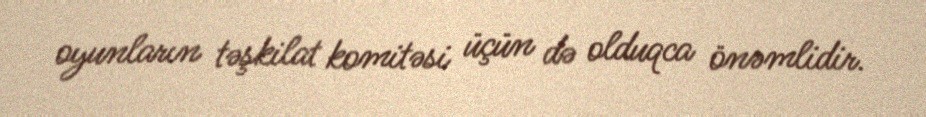
oyunların təşkilat komitəsi üçün də olduqca önəmlidir.